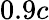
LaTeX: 0.9c